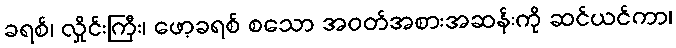
ခရစ်၊ လှိုင်းကြီး၊ ဖော့ခရစ် စသော အဝတ်အစားအဆန်းကို ဆင်ယင်ကာ၊